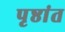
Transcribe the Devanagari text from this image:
पृष्ठांत